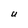
Character: U